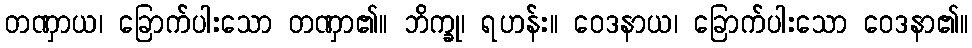
တဏှာယ၊ ခြောက်ပါးသော တဏှာ၏။ ဘိက္ခု၊ ရဟန်း။ ဝေဒနာယ၊ ခြောက်ပါးသော ဝေဒနာ၏။